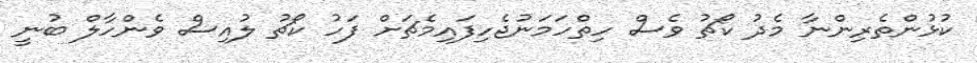
ކުޅުންތެރިންނާ މެދު ކޯޗު ވެސް ހިތްހަމަނުޖެހިފައިމެޗަށް ފަހު ކޯޗު ލުއިސް ވެންހާލް ބުނީ